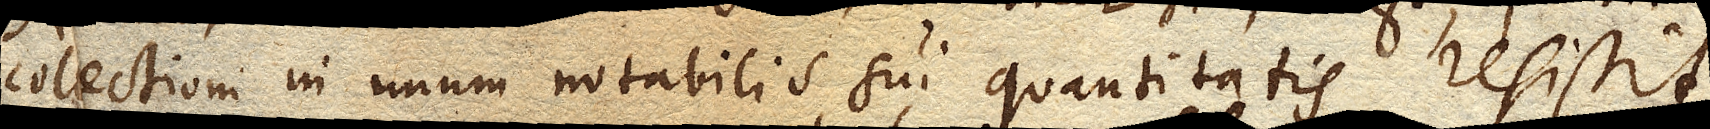
collectioni in unum notabilis sui quantitatis resistit.